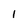
Character: I